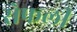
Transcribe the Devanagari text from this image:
सेफली